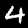
Label: 4